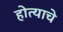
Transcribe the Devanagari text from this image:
होत्याचे